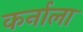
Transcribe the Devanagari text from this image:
कर्नाला